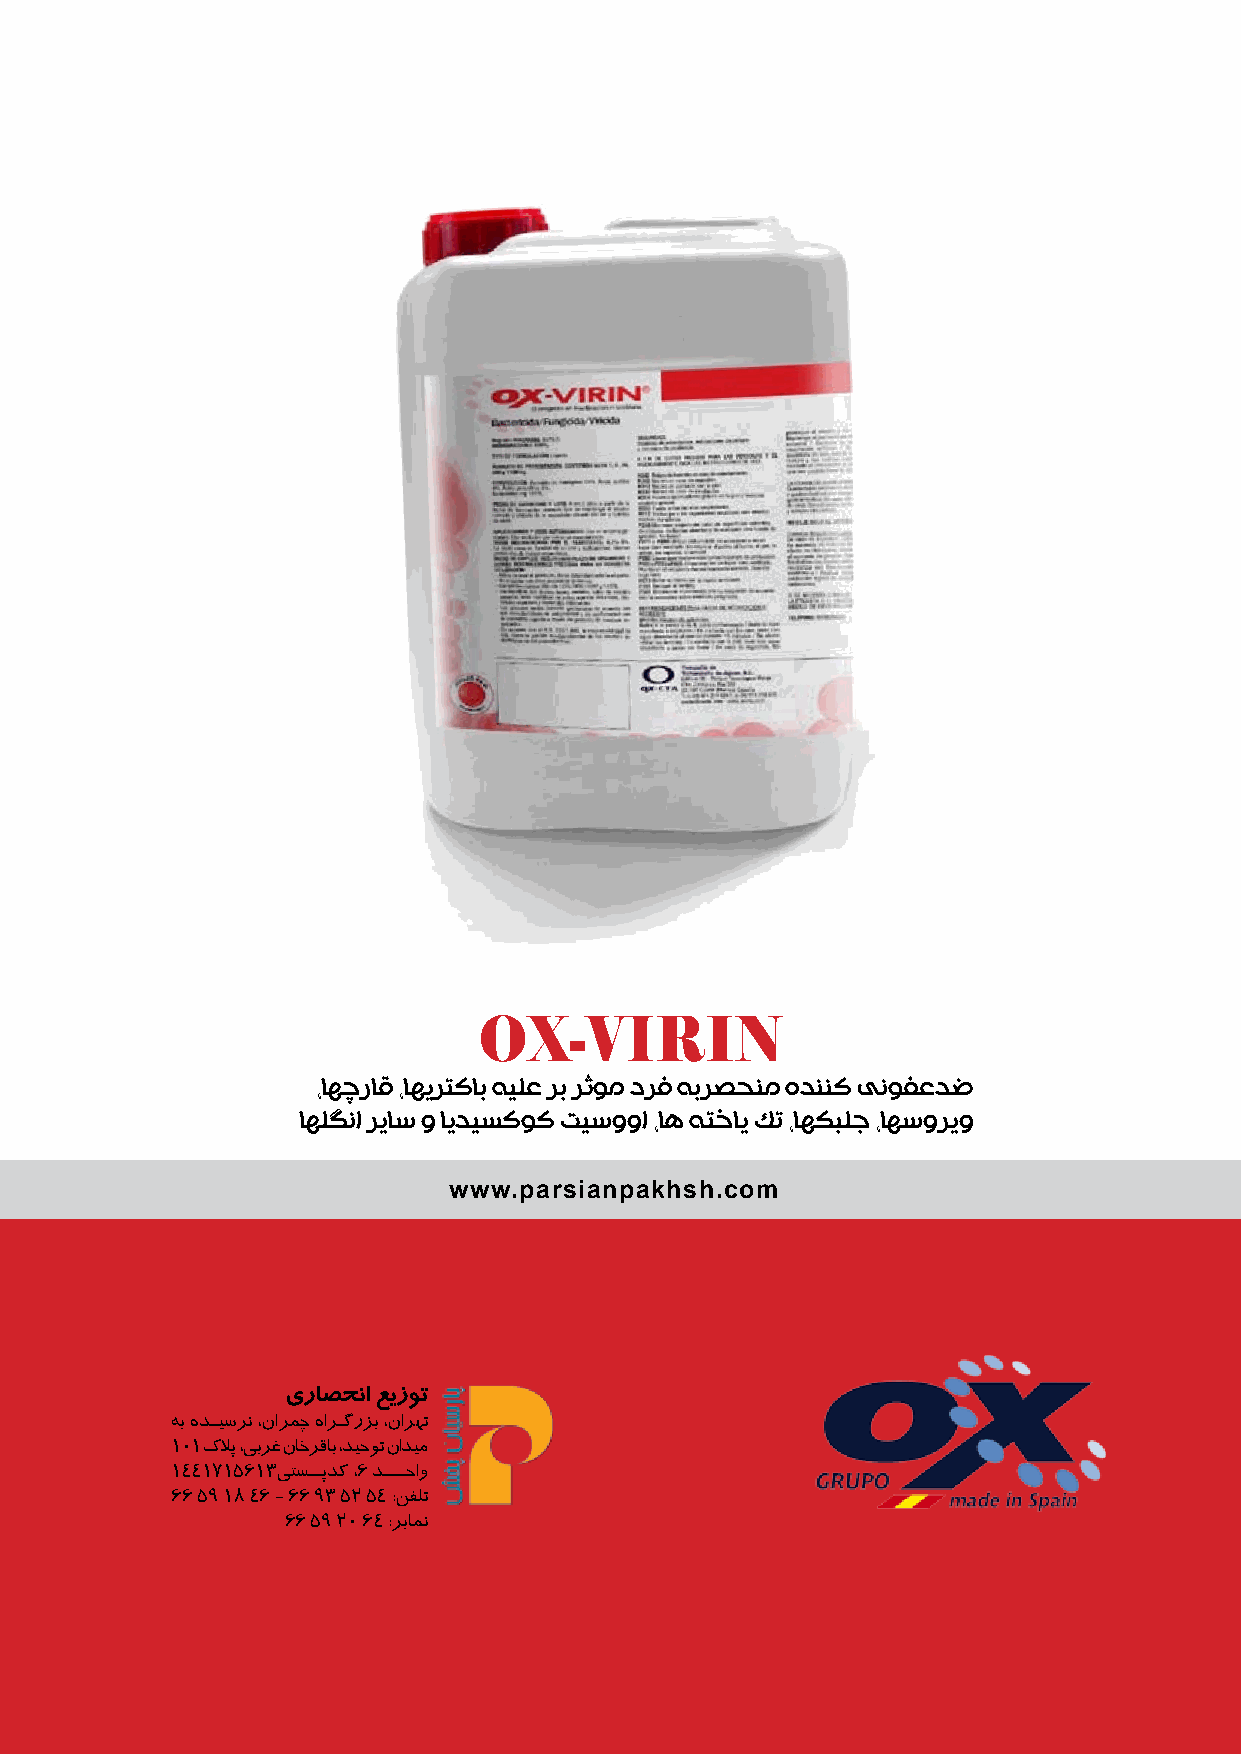
OX-VIRIN
 ،اهچراق ،اهیرتکاب هیلع رب رثوم درف هبرصحنم هدننک ینوفعدض
 اهلگنا ریاس و ایدیسکوک تیسووا ،اه هتخای کت ،اهکبلج ،اهسوریو
 www.parsianpakhsh.com
 يراصحنا عیزوت
 هب هدـيسرن ،نارمچ هارـگرزب ،نارهت
 101 كلاپ ،يبرغ ناخرقاب ،ديحوت ناديم
 1441715613يتســپدك ،6 دـــحاو
 66 59 18 46 - 66 93 52 54 :نفلت
 66 59 20 64 :ربامن